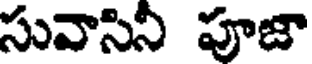
సువాసిని పూజా